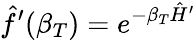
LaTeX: \hat{f}^{\prime}(\beta_{T})=e^{-\beta_{T}\hat{H}^{\prime}}